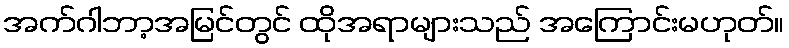
အက်ဂါဘာ့အမြင်တွင် ထိုအရာများသည် အကြောင်းမဟုတ်။